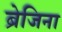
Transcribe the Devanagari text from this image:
ब्रेजिना